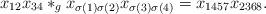
LaTeX: \begin{align*}x_{12}x_{34} \ast_g x_{\sigma(1)\sigma(2)}x_{\sigma(3)\sigma(4)} = x_{1457}x_{2368}.\end{align*}